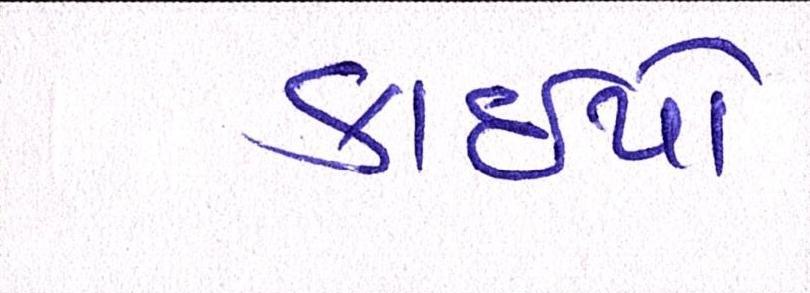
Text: કાઇપો